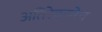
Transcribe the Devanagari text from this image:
अतिरेकानेच